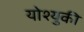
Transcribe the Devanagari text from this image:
योश्युकी